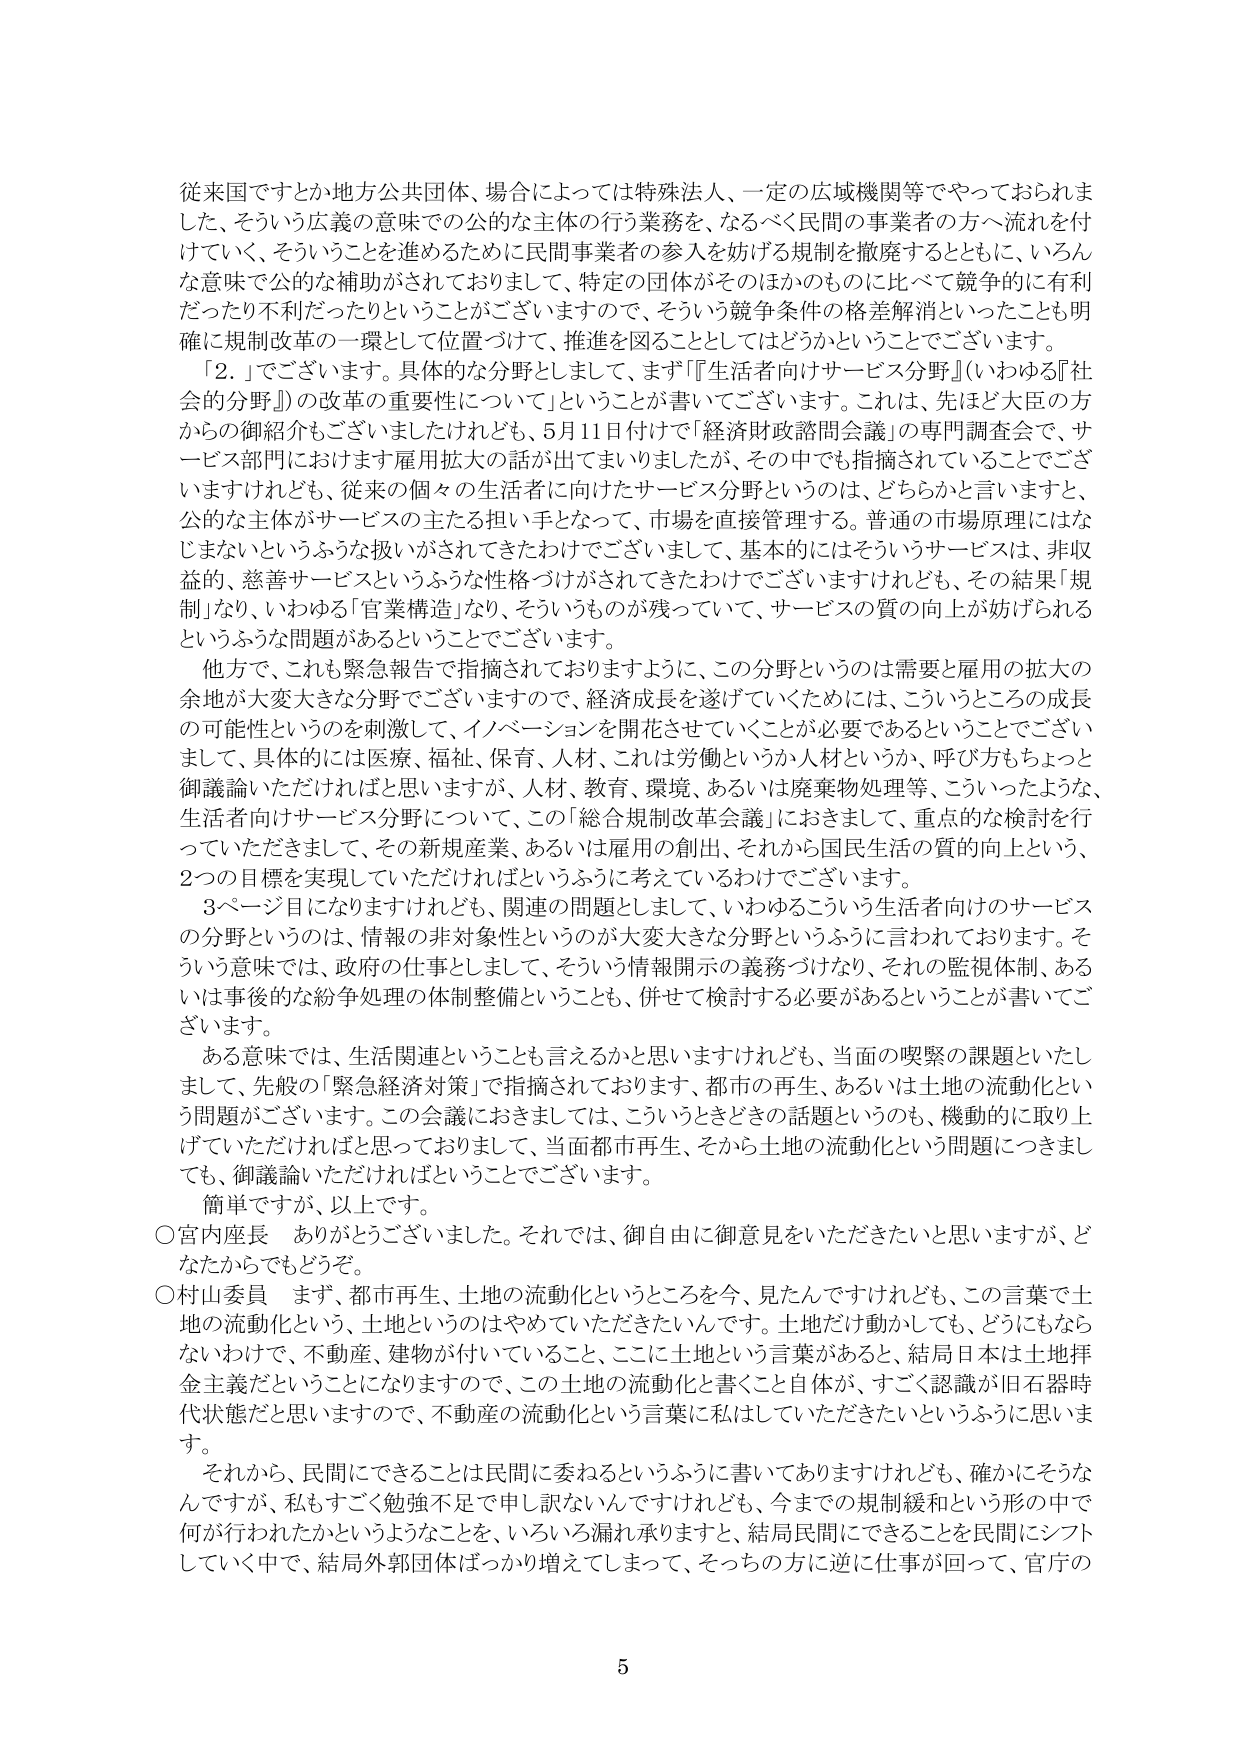
従来国ですとか地方公共団体、場合によっては特殊法人、一定の広域機関等でやっておられました、そういう広義の意味での公的な主体の行う業務を、なるべく民間の事業者の方へ流れを付けていく、そういうことを進めるために民間事業者の参入を妨げる規制を撤廃するとともに、いろんな意味で公的な補助がされておりまして、特定の団体がそのほかのものに比べて競争的に有利だったり不利だったりということがございますので、そういう競争条件の格差解消といったことも明確に規制改革の一環として位置づけて、推進を図ることとしてはどうかということでございます。

「2．」でございます。具体的な分野としまして、まず『生活者向けサービス分野』（いわゆる『社会的分野』）の改革の重要性について」ということが書いてございます。これは、先ほど大臣の方からの御紹介もございましたけれども、5月11日付けで「経済財政諮問会議」の専門調査会で、サービス部門におけます雇用拡大の話が出てまいりましたが、その中でも指摘されていることでございますけれども、従来の個々の生活者に向けたサービス分野というのは、どちらかと言いますと、公的な主体がサービスの主たる担い手となって、市場を直接管理する。普通の市場原理にはなじまないというふうな扱いがされてきたわけでございまして、基本的にはそういうサービスは、非収益的、慈善サービスというふうな性格づけがされてきたわけでございますけれども、その結果「規制」なり、いわゆる「官業構造」なり、そういうものが残っていて、サービスの質の向上が妨げられるというふうな問題があるということでございます。

他方で、これも緊急報告で指摘されておりますように、この分野というのは需要と雇用の拡大の余地が大変大きな分野でございますので、経済成長を遂げていくためには、こういうところの成長の可能性というのを刺激して、イノベーションを開花させていくことが必要であるということでございますし、具体的には医療、福祉、保育、人材、これは労働というか人材というか、呼び方もちょっと御議論いただければと思いますが、人材、教育、環境、あるいは廃棄物処理等、こういったような、生活者向けサービス分野について、この「総合規制改革会議」におきまして、重点的な検討を行っていただきまして、その新規産業、あるいは雇用の創出、それから国民生活の質の向上という、2つの目標を実現していただければというふうに考えているわけでございます。

3ページ目になりますけれども、関連の問題としまして、いわゆるこういう生活者向けのサービスの分野というのは、情報の非対象性というのが大変大きな分野というふうに言われております。そういう意味では、政府の仕事としまして、そういう情報開示の義務づけなり、それの監視体制、あるいは事後の紛争処理の体制整備ということも、併せて検討する必要があるということが書いてございます。

ある意味では、生活関連ということも言えるかと思いますけれども、当面の喫緊の課題といたしまして、先般の「緊急経済対策」で指摘されております、都市の再生、あるいは土地の流動化という問題がございます。この会議におきましては、こういうときどきの話題というのも、機動的に取り上げていただければと思っておりまして、当面都市再生、そから土地の流動化という問題につきましても、御議論いただければということでございます。

簡単ですが、以上です。

○宮内座長　ありがとうございます。それでは、御自由に御意見をいただきたいと思いますが、どなたからでもどうぞ。

○村山委員　まず、都市再生、土地の流動化というところを今、見たんですけども、この言葉で土地の流動化という、土地というのはやめていただきたいんです。土地だけ動かしても、どうにもならないわけで、不動産、建物が付いていること、ここに土地という言葉があると、結局日本は土地拝金主義だということになりますので、この土地の流動化と書くこと自体が、すごく認識が旧石器時代状態だと思いますので、不動産の流動化という言葉に私はしていただきたいというふうに思います。

それから、民間にできることは民間に委ねるというふうに書いてありますけれども、確かにそうなんですが、私もすごく勉強不足で申し訳ないんですけれども、今までの規制緩和という形の中で何が行われたかというようなことを、いろいろ漏れ承りますと、結局民間にできることを民間にシフトしていく中で、結局外郭団体ばっかり増えてしまって、そっちの方に逆に仕事が回って、官庁の

5